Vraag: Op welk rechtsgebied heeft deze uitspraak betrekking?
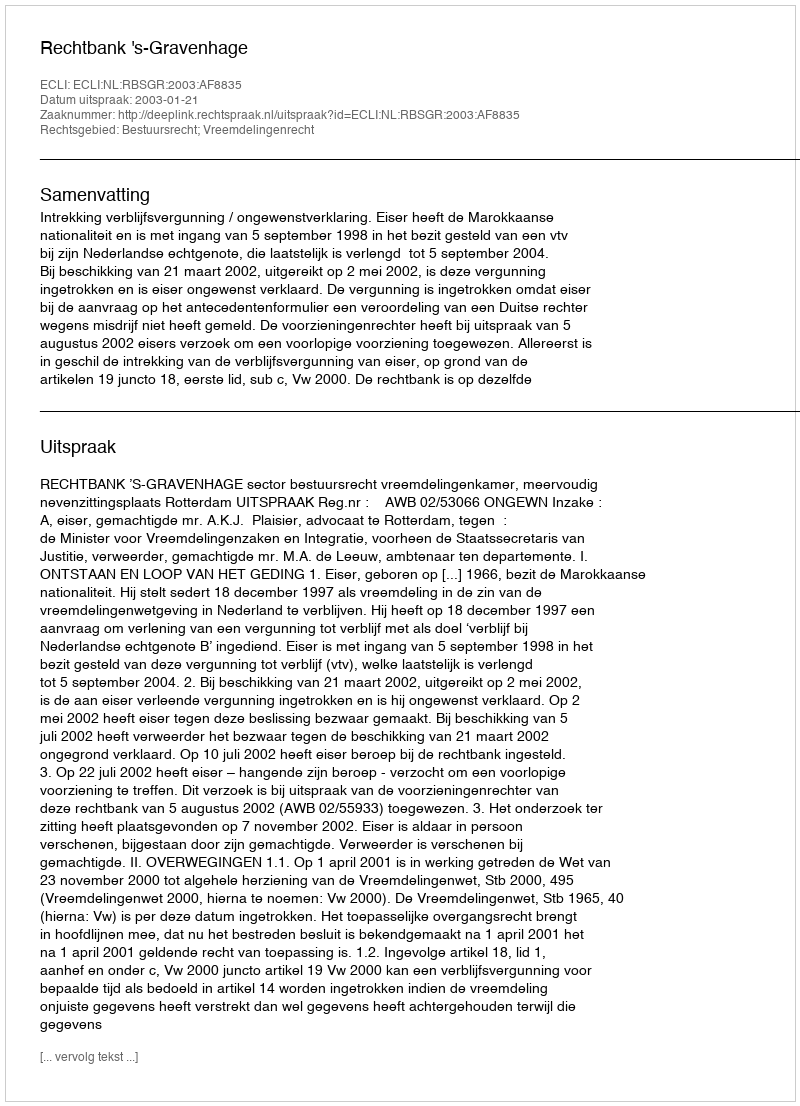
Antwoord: Bestuursrecht; Vreemdelingenrecht